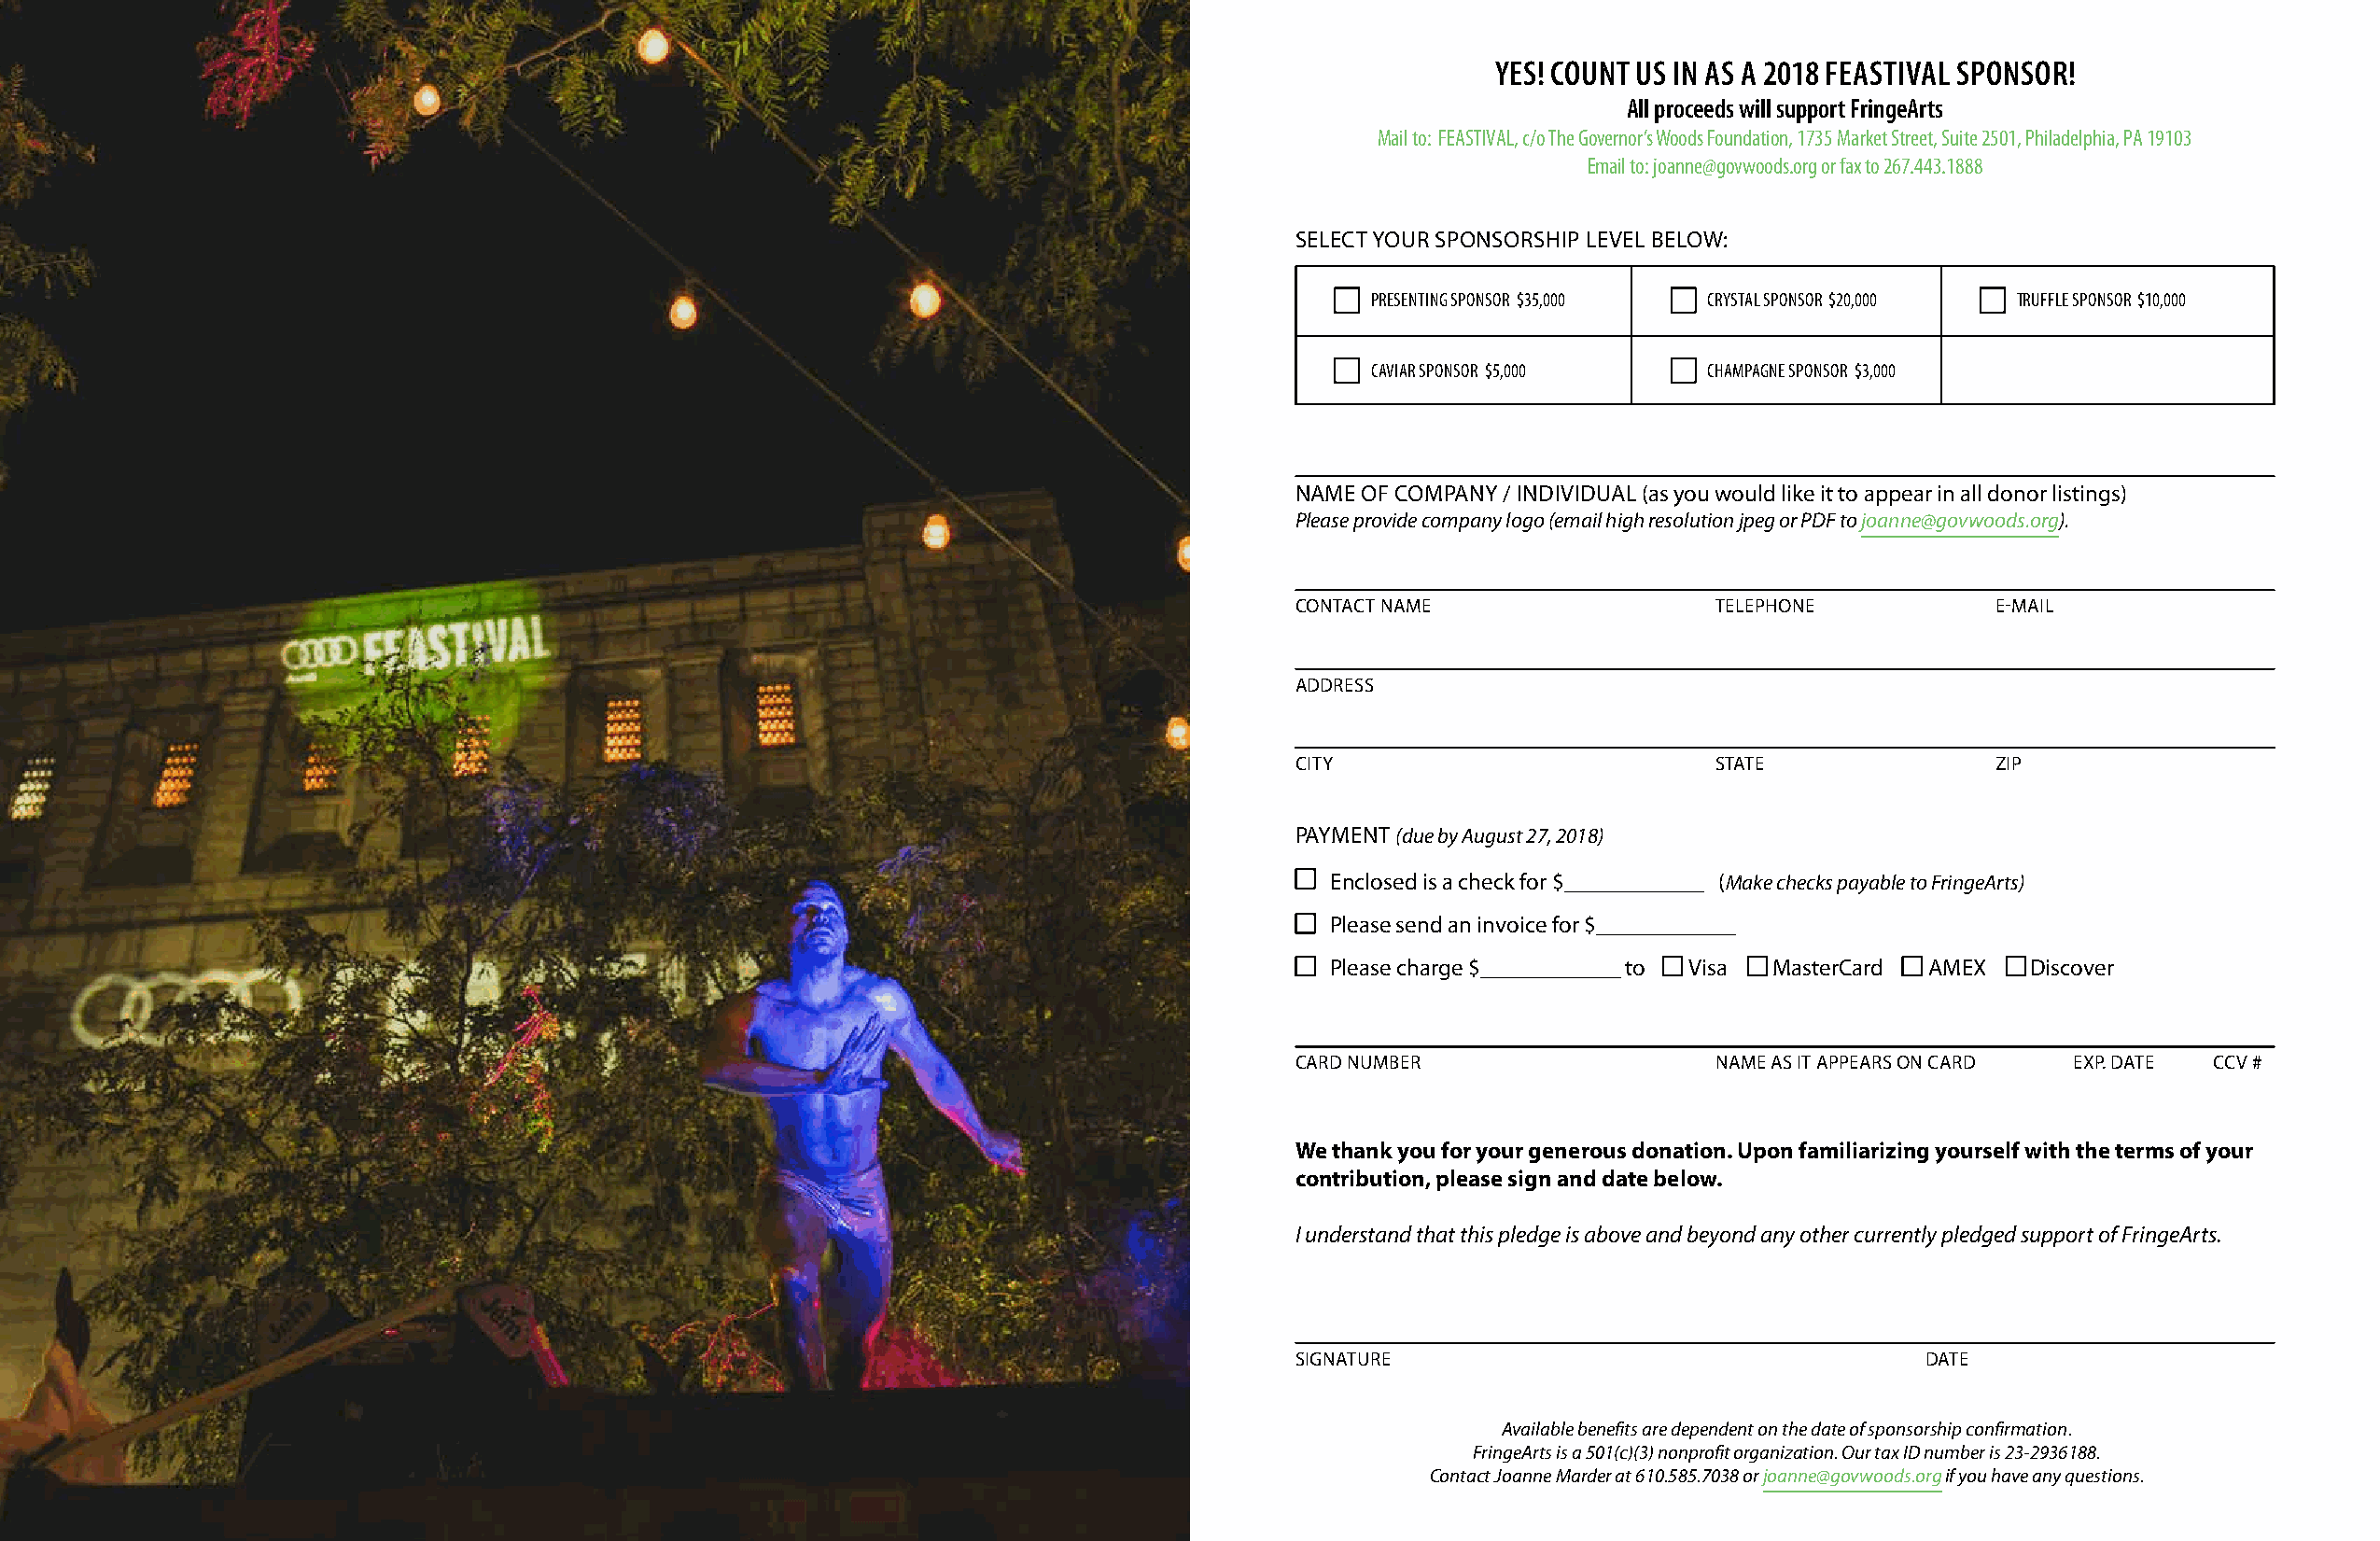
YES! COUNT US IN AS A 2018 FEASTIVAL SPONSOR!
 All proceeds will support FringeArts
 Mail to: FEASTIVAL, c/o The Governor’s Woods Foundation, 1735 Market Street, Suite 2501, Philadelphia, PA 19103
 Email to: joanne@govwoods.org or fax to 267.443.1888
 SELECT YOUR SPONSORSHIP LEVEL BELOW:
 PRESENTING SPONSOR $35,000 CRYSTAL SPONSOR $20,000 TRUFFLE SPONSOR $10,000
 CAVIAR SPONSOR $5,000   CHAMPAGNE SPONSOR $3,000
 NAME OF COMPANY / INDIVIDUAL (as you would like it to appear in all donor listings)
 Please provide company logo (email high resolution jpeg or PDF to joanne@govwoods.org).
 CONTACT NAME                  TELEPHONE          E-MAIL
 ADDRESS
 CITY                          STATE              ZIP
 PAYMENT (due by August 27, 2018)
 Enclosed is a check for $____________ (Make checks payable to FringeArts)
 Please send an invoice for $____________
 Please charge $____________ to Visa MasterCard AMEX Discover
 CARD NUMBER                   NAME AS IT APPEARS ON CARD EXP. DATE CCV #
 We thank you for your generous donation. Upon familiarizing yourself with the terms of your
 contribution, please sign and date below.
 I understand that this pledge is above and beyond any other currently pledged support of FringeArts.
 SIGNATURE                                    DATE
 Available benefits are dependent on the date of sponsorship confirmation.
 FringeArts is a 501(c)(3) nonprofit organization. Our tax ID number is 23-2936188.
 Contact Joanne Marder at 610.585.7038 or joanne@govwoods.org if you have any questions.